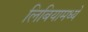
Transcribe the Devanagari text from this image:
लिबियामध्ये